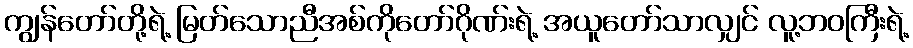
ကျွန်တော်တို့ရဲ့ မြတ်သောညီအစ်ကိုတော်ဂိုဏ်းရဲ့ အယူတော်သာလျှင် လူ့ဘဝကြီးရဲ့